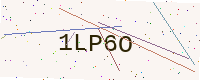
Text: 1LP6O